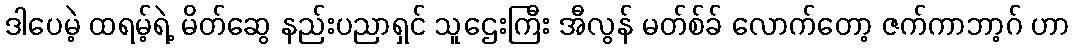
ဒါပေမဲ့ ထရမ့်ရဲ့ မိတ်ဆွေ နည်းပညာရှင် သူဌေးကြီး အီလွန် မတ်စ်ခ် လောက်တော့ ဇက်ကာဘာ့ဂ် ဟာ